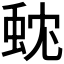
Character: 𮔃